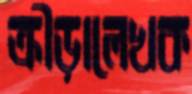
ক্রীড়ালেখক